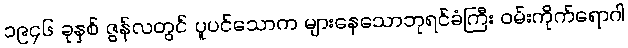
၁၉၄၆ ခုနှစ် ဇွန်လတွင် ပူပင်သောက များနေသောဘုရင်ခံကြီး ဝမ်းကိုက်ရောဂါ